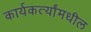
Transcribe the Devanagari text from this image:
कार्यकर्त्यांमधील